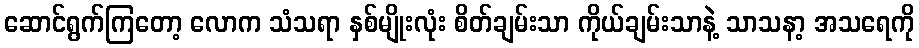
ဆောင်ရွက်ကြတော့ လောက သံသရာ နှစ်မျိုးလုံး စိတ်ချမ်းသာ ကိုယ်ချမ်းသာနဲ့ သာသနာ့ အသရေကို